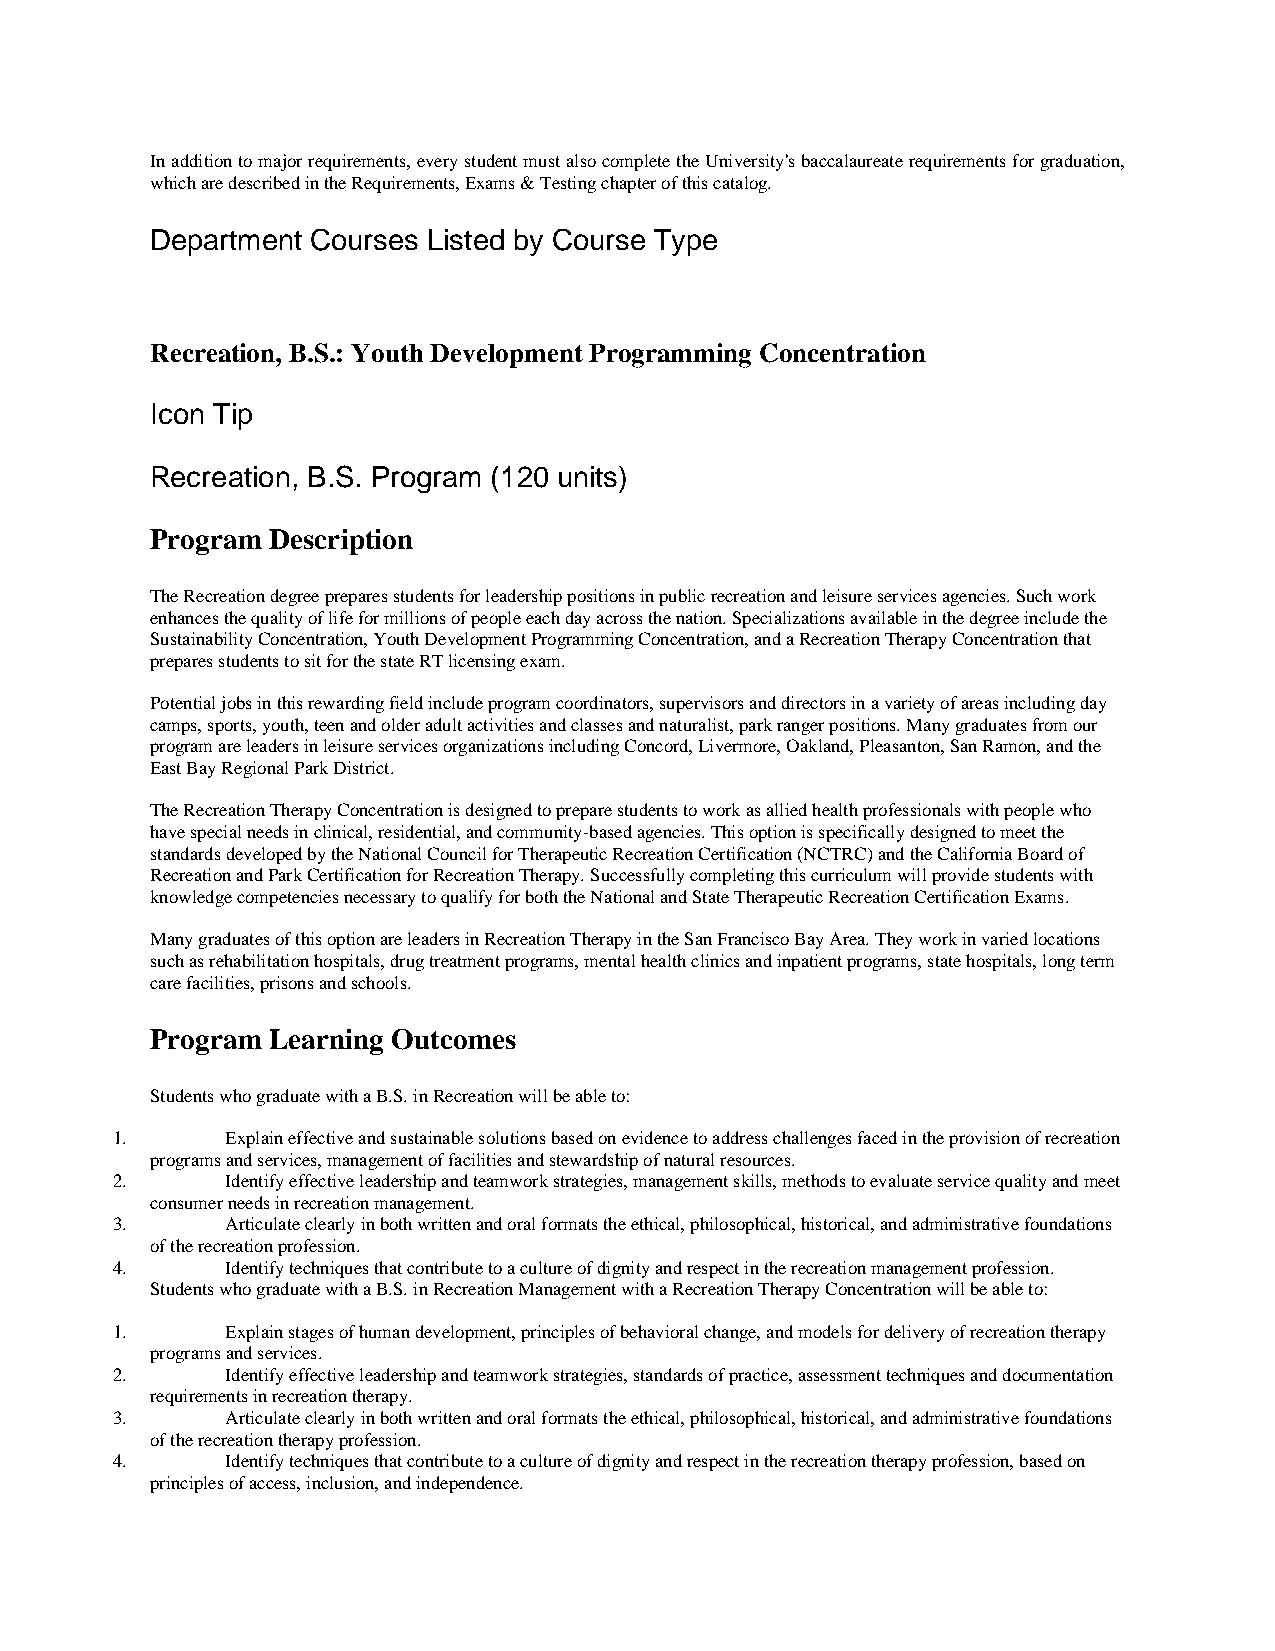
In addition to major requirements, every student must also complete the University's baccalaureate requirements for graduation,
 which are described in the Requirements, Exams & Testing chapter of this catalog.
 Department Courses Listed by Course Type
 Recreation, B.S.: Youth Development Programming Concentration
 Icon Tip
 Recreation, B.S. Program (120 units)
 Program Description
 The Recreation degree prepares students for leadership positions in public recreation and leisure services agencies. Such work
 enhances the quality of life for millions of people each day across the nation. Specializations available in the degree include the
 Sustainability Concentration, Youth Development Programming Concentration, and a Recreation Therapy Concentration that
 prepares students to sit for the state RT licensing exam.
 Potential jobs in this rewarding field include program coordinators, supervisors and directors in a variety of areas including day
 camps, sports, youth, teen and older adult activities and classes and naturalist, park ranger positions. Many graduates from our
 program are leaders in leisure services organizations including Concord, Livermore, Oakland, Pleasanton, San Ramon, and the
 East Bay Regional Park District.
 The Recreation Therapy Concentration is designed to prepare students to work as allied health professionals with people who
 have special needs in clinical, residential, and community-based agencies. This option is specifically designed to meet the
 standards developed by the National Council for Therapeutic Recreation Certification (NCTRC) and the California Board of
 Recreation and Park Certification for Recreation Therapy. Successfully completing this curriculum will provide students with
 knowledge competencies necessary to qualify for both the National and State Therapeutic Recreation Certification Exams.
 Many graduates of this option are leaders in Recreation Therapy in the San Francisco Bay Area. They work in varied locations
 such as rehabilitation hospitals, drug treatment programs, mental health clinics and inpatient programs, state hospitals, long term
 care facilities, prisons and schools.
 Program Learning Outcomes
 Students who graduate with a B.S. in Recreation will be able to:
 1.      Explain effective and sustainable solutions based on evidence to address challenges faced in the provision of recreation
 programs and services, management of facilities and stewardship of natural resources.
 2.      Identify effective leadership and teamwork strategies, management skills, methods to evaluate service quality and meet
 consumer needs in recreation management.
 3.      Articulate clearly in both written and oral formats the ethical, philosophical, historical, and administrative foundations
 of the recreation profession.
 4.      Identify techniques that contribute to a culture of dignity and respect in the recreation management profession.
 Students who graduate with a B.S. in Recreation Management with a Recreation Therapy Concentration will be able to:
 1.      Explain stages of human development, principles of behavioral change, and models for delivery of recreation therapy
 programs and services.
 2.      Identify effective leadership and teamwork strategies, standards of practice, assessment techniques and documentation
 requirements in recreation therapy.
 3.      Articulate clearly in both written and oral formats the ethical, philosophical, historical, and administrative foundations
 of the recreation therapy profession.
 4.      Identify techniques that contribute to a culture of dignity and respect in the recreation therapy profession, based on
 principles of access, inclusion, and independence.